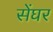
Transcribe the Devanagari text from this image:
सेंघर